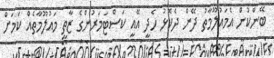
ބޭންކުން އެމައުލޫމާތު ދޭން ދެކޮޅު ހެދީ އޭއީ ކަސްޓަމަރުންގެ ޒާތީ މައުލޫމާތެއް ކަމަށް